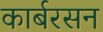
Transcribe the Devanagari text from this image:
कार्बरसन